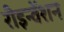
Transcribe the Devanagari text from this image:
रीइन्वेंशन